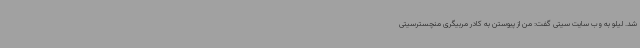
شد. لیلو به وب سایت سیتی گفت: من از پیوستن به کادر مربیگری منچسترسیتی